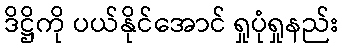
ဒိဋ္ဌိကို ပယ်နိုင်အောင် ရှုပုံရှုနည်း